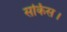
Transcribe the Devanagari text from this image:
सर्किस।